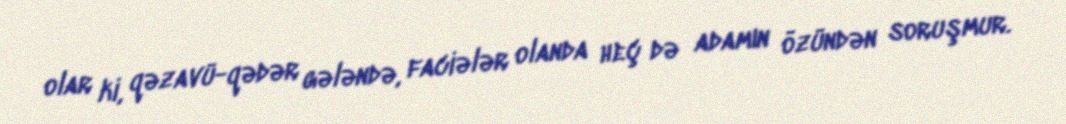
olar ki, qəzavü-qədər gələndə, faciələr olanda heç də adamın özündən soruşmur.